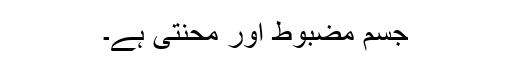
جسم مضبوط اور محنتی ہے۔